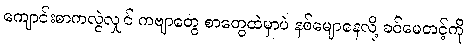
ကျောင်းစာကလွဲလျှင် ကဗျာတွေ စာတွေထဲမှာပဲ နစ်မျောနေလို့ ခင်မေတင့်ကို